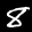
Label: 8